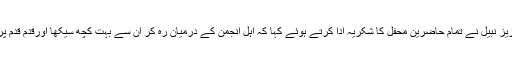
پروگرام کے اخیر میں عزیز نبیل نے تمام حاضرین محفل کا شکریہ ادا کرتے ہوئے کہا کہ اہلِ انجمن کے درمیان رہ کر ان سے بہت کچھ سیکھا اورقدم قدم پر رہنمائی حاصل کی ہے۔